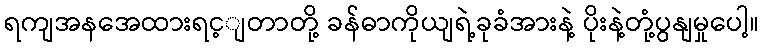
ရကျအနအေထားရင့ျတာတို့ ခန်ဓာကိုယျရဲ့ခုခံအားနဲ့ ပိုးနဲ့တုံ့ပွနျမှုပေါ့။